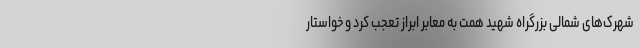
شهرک‌های شمالی بزرگراه شهید همت به معابر ابراز تعجب کرد و خواستار